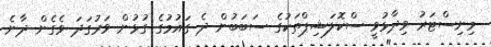
މިނިސްޓަރު ވިދާޅުވީ ސްކޮލަޝިޕްތަކުގެ ސަބަބުން ދެ ގައުމުގެ ގުޅުން ވަރުގަދަ ވެގެން ދާނެ